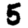
Digit: 5